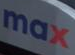
max